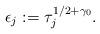
LaTeX: \begin{align*} \epsilon_j := \tau_j^{1/2+\gamma_0}.\end{align*}